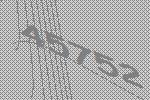
45752